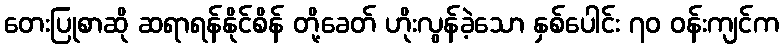
တေးပြုစာဆို ဆရာရန်နိုင်စိန် တို့ခေတ် ဟိုးလွန်ခဲ့သော နှစ်ပေါင်း ၇၀ ဝန်းကျင်က